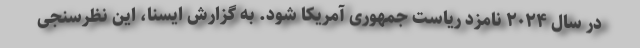
در سال ۲۰۲۴ نامزد ریاست جمهوری آمریکا شود. به گزارش ایسنا، این نظرسنجی